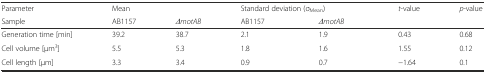
| Parameter | <COLSPAN=2> Mean | <COLSPAN=2> Standard deviation (σMean) | <ROWSPAN=2> t-value | <ROWSPAN=2> p-value |
 | Sample | AB1157 | ΔmotAB | AB1157 | ΔmotAB |
 | --- | --- | --- | --- | --- | --- | --- |
 | Generation time [min] | 39.2 | 38.7 | 2.1 | 1.9 | 0.43 | 0.68 |
 | Cell volume [μm3] | 5.5 | 5.3 | 1.8 | 1.6 | 1.55 | 0.12 |
 | Cell length [μm] | 3.3 | 3.4 | 0.9 | 0.7 | −1.64 | 0.1 |